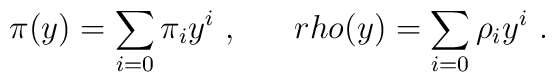
\pi (y)  = \sum \limits _{i=0}^{} {\pi}_i y^i\ , \ \ \ \ \ \ \\rho (y) = \sum \limits _{i=0}^{} {\rho}_i y^i\ .